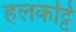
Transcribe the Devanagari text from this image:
हलकट्टि